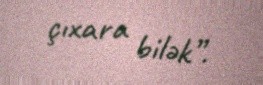
çıxara bilək”.